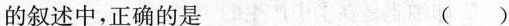
的叙述中，正确的是 ( )